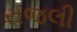
રાજલી